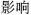
影响